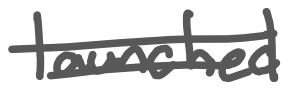
Text: launched
Cross-out: double-line
Writing tool: digital_gray